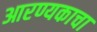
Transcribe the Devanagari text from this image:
आरण्यकाचा